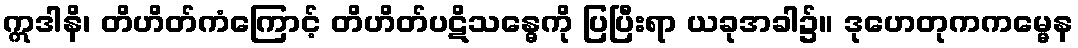
ဣဒါနိ၊ တိဟိတ်ကံကြောင့် တိဟိတ်ပဋိသန္ဓေကို ပြပြီးရာ ယခုအခါ၌။ ဒုဟေတုကကမ္မေန